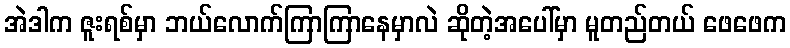
အဲဒါက ဇူးရစ်မှာ ဘယ်လောက်ကြာကြာနေမှာလဲ ဆိုတဲ့အပေါ်မှာ မူတည်တယ် ဖေဖေက